Leprosy in India: report of the Leprosy Commission in India, 1890-91
Year: 1890
Disease focus: Leprosy
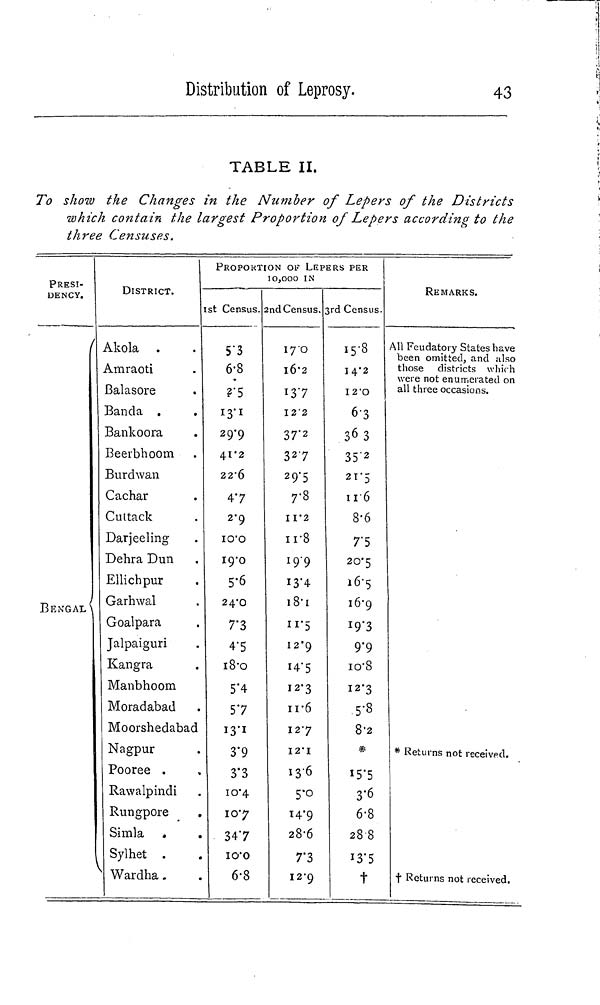
Distribution of Leprosy.
43
TABLE II.
To show the Changes in the Number of Lepers of the Districts
which contain the largest Proportion of Lepers according to the
three Censuses.
PRESI-
DENCY.
/
BENGAL \
DISTRICT.
Akola .
Amraoti
ßalasore
Banda .
Bankoora
Beerbhoom
Burdwan
Cachar
Cuttack
Darjeeling
Dehra Dun
Ellichpur
Garhwal
Goalpara
Jalpaiguri
Kangra
Manbhoom
Moradabad
Moorshedabac
Nagpur
Pooree .
Rawalpindi
Rungpore
Simla .
Sylhet .
Wardha.
PROPORTION OF LEPERS PER
10,000 IN
1st Census. 2nd Census. 3rd Census.
5.3
6.8
?5
13.1
29.9
41.2
22.6
47
2.9
10.0
19.0
5.6
24.0
7.3
4.5
18.0
5.4
57
13.1
3.9
3.3
10.4
10.7
•
347
10.0
6.8
17.0
l6.2
13.7
12.2
37' 2
32.7
29.5
7.8
11.2
11.8
19.9
13.4
18.1
11.5
12.9
14.5
12.3
11.6
12.7
12.1
13.6
5.0
14.9
28.6
7.3
12.9
15.8
I 4.2
12.0
6.3
3 6 3
35.2
21.5
11.6
8.6
TS
20.5
16.5
16.9
19.3
9.9
10.8
12.3
5.3
8.2
*
3.6
6.8
288
13.5
t
REMARKS.
All Feudatory States have
been omitted, and also
those districts which
were not enumerated on
all three occasions.
* Returns not received.
t Returns not received.